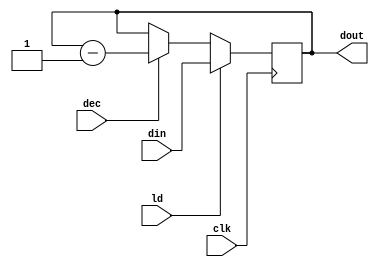
module CNTR (dout, din, ld, dec, clk);
   input [15:0] din;
   input ld, dec, clk;
   output reg [15:0] dout;
 
  always @ (posedge clk)
    if (ld) dout <= din;
    else if (dec) dout <= dout-1;
endmodule